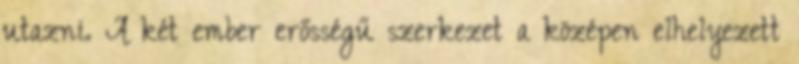
utazni. A két ember erősségű szerkezet a középen elhelyezett